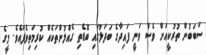
ސަބަބުން ތުރުކީއަށް ވެސް ވަނީ ފައިދާގެ ބަދަލުގައި ބޮޑެތި ގެއްލުންތަކެއް ކުރިމަތިވެފައެވެ. މީގެ